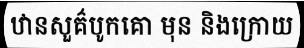
ឋានសួគ៌បូកគោ មុន និងក្រោយ